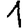
Digit: 1